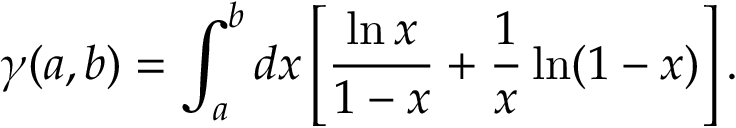
\gamma ( a , b ) = \int _ { a } ^ { b } d x \left[ \frac { \ln x } { 1 - x } + \frac { 1 } { x } \ln ( 1 - x ) \right] .